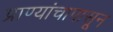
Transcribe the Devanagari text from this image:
प्राण्यांचापासून